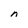
Character: n